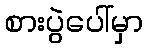
စားပွဲပေါ်မှာ